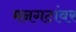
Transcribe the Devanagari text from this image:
मनगटांवर